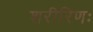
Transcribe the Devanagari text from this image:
शरीरिणः